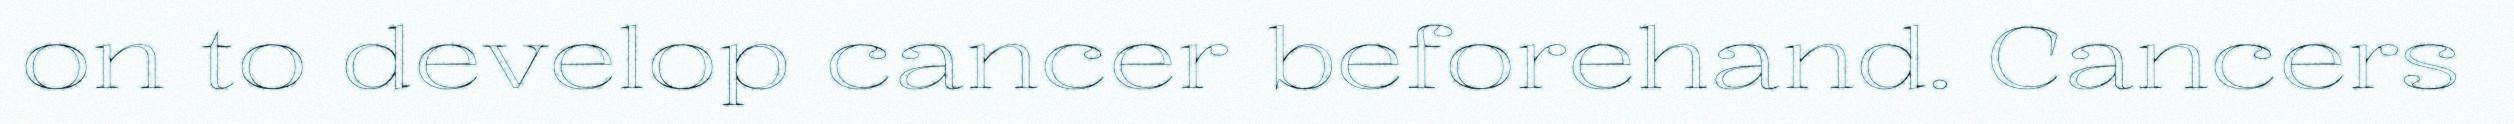
on to develop cancer beforehand. Cancers